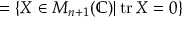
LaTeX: = \{ X \in M _ { n + 1 } ( \mathbb { C } ) | \operatorname { t r } X = 0 \}